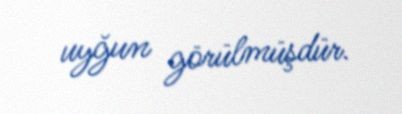
uyğun görülmüşdür.